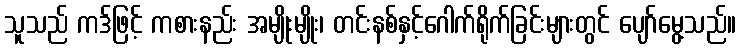
သူသည် ကဒ်ဖြင့် ကစားနည်း အမျိုးမျိုး၊ တင်းနစ်နှင့်ဂေါက်ရိုက်ခြင်းများတွင် ပျော်မွေ့သည်။